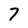
Character: 7